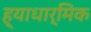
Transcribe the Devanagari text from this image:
ह्याधार्मिक